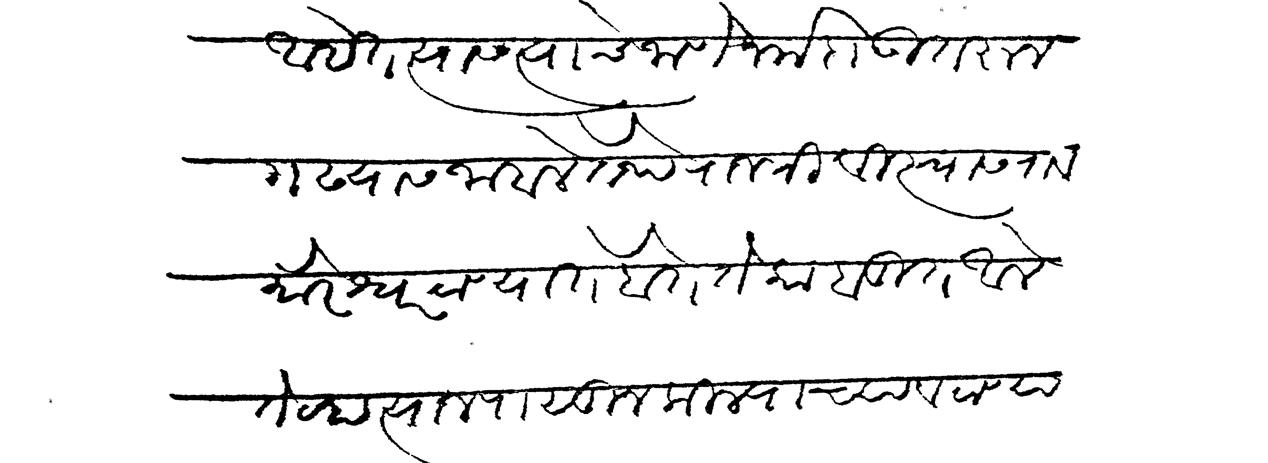
Transliteration (Devanagari): आहेत त्यास त्याचे जाणे नर्मदा उतरून गढयास जाहले तेथे राजश्री विश्वासराव मोरेश्वर ठाण्यात होते ते काबूल आले तेव्हा त्याजपासून किल्याच्या व ठाण्या